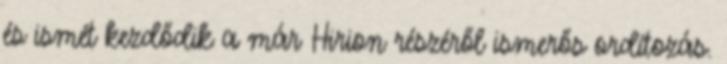
és ismét kezdődik a már Hirion részéről ismerős ordítozás.